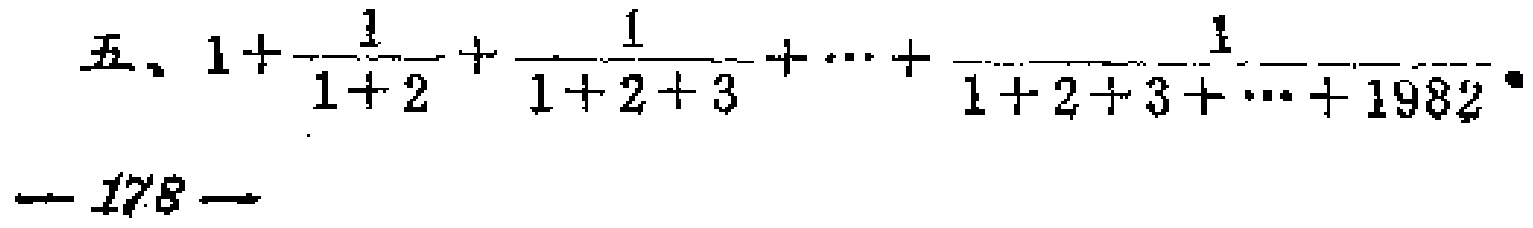
五、\(1+\frac{1}{1 + 2}+\frac{1}{1 + 2 + 3}+\cdots+\frac{1}{1 + 2 + 3+\cdots+1982}\)。
— 178 —